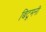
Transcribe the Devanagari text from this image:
बिटूमनी